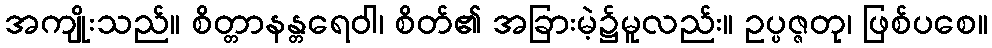
အကျိုးသည်။ စိတ္တာနန္တရေဝါ၊ စိတ်၏ အခြားမဲ့၌မူလည်း။ ဥပ္ပဇ္ဇတု၊ ဖြစ်ပစေ။